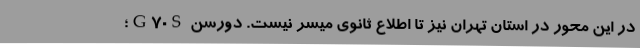
در این محور در استان تهران نیز تا اطلاع ثانوی میسر نیست. دورسن G70S؛